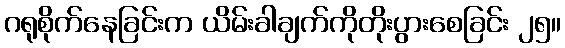
ဂရုစိုက်နေခြင်းက ယိမ်းခါချက်ကိုတိုးပွားစေခြင်း ၂၅။